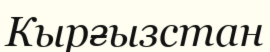
Кырғызстан